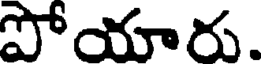
పోయారు.